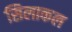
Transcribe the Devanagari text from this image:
सिलाकल